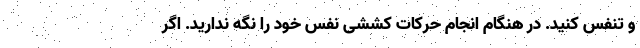
و تنفس کنید. در هنگام انجام حرکات کششی نفس خود را نگه ندارید. اگر